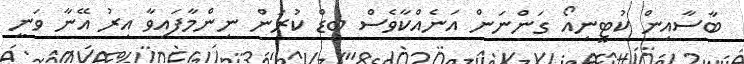
ބާސާއިން ކުޓީނިއޯ ގަންނަން އަނެއްކާވެސް ބިޑް ކުރަން ނިންމާފައިވާ އިރު އޭނާ ވަނީ